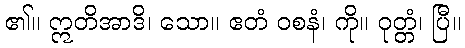
၏။ ဣတိအာဒိ၊ သော။ ဧတံ ဝစနံ၊ ကို။ ဝုတ္တံ၊ ပြီ။